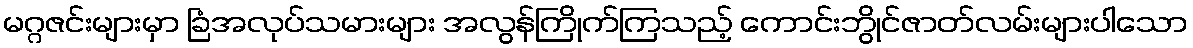
မဂ္ဂဇင်းများမှာ ခြံအလုပ်သမားများ အလွန်ကြိုက်ကြသည့် ကောင်းဘွိုင်ဇာတ်လမ်းများပါသော